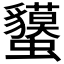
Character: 𧕤